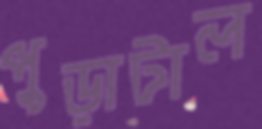
পুড়াটাল